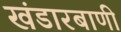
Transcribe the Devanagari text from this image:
खंडारबाणी